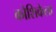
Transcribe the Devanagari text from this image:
कोशिकेला